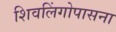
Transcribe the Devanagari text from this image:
शिवलिंगोपासना